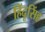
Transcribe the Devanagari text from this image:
हिंदूसिंह